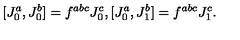
{ } [ J _ { 0 } ^ { a } , J _ { 0 } ^ { b } ] = f ^ { a b c } J _ { 0 } ^ { c } , [ J _ { 0 } ^ { a } , J _ { 1 } ^ { b } ] = f ^ { a b c } { } J _ { 1 } ^ { c } . ~